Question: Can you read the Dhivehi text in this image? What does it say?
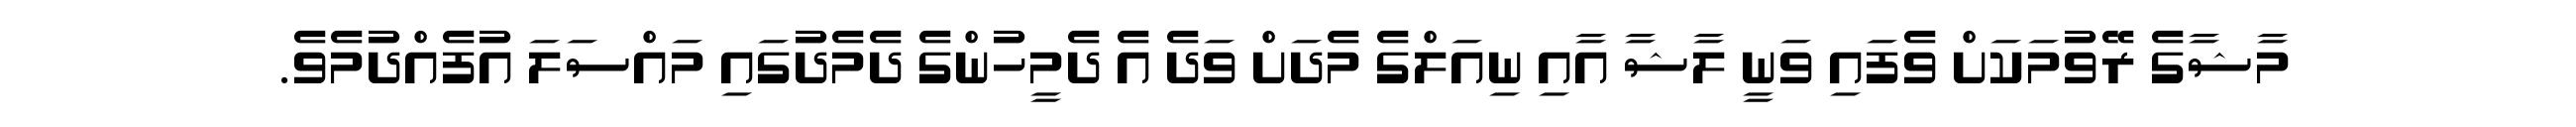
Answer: މާޝާގެ ރޭވުމަކަށް ވެފައި ވަނީ ލާޝާ އާއި ނިއަލްގެ މެދަށް ވަދެ އެ ދެމީހުންގެ ދެމެދުގައި މައްސަލަ އުފެއްދުމެވެ.